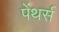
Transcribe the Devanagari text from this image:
पेंथर्स